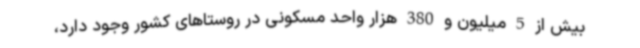
بیش از 5 میلیون و 380 هزار واحد مسکونی در روستاهای کشور وجود دارد،